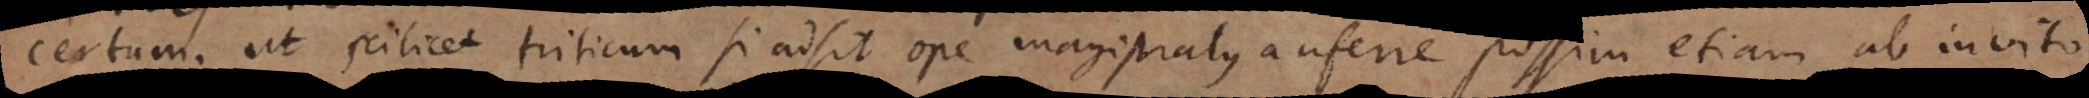
certum; ut scilicet triticum si adsit ope magistratus auferre possim etiam ab invito